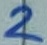
Text: 2